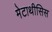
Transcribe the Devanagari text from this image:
मेटाथीसिस